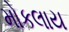
મોકલાય